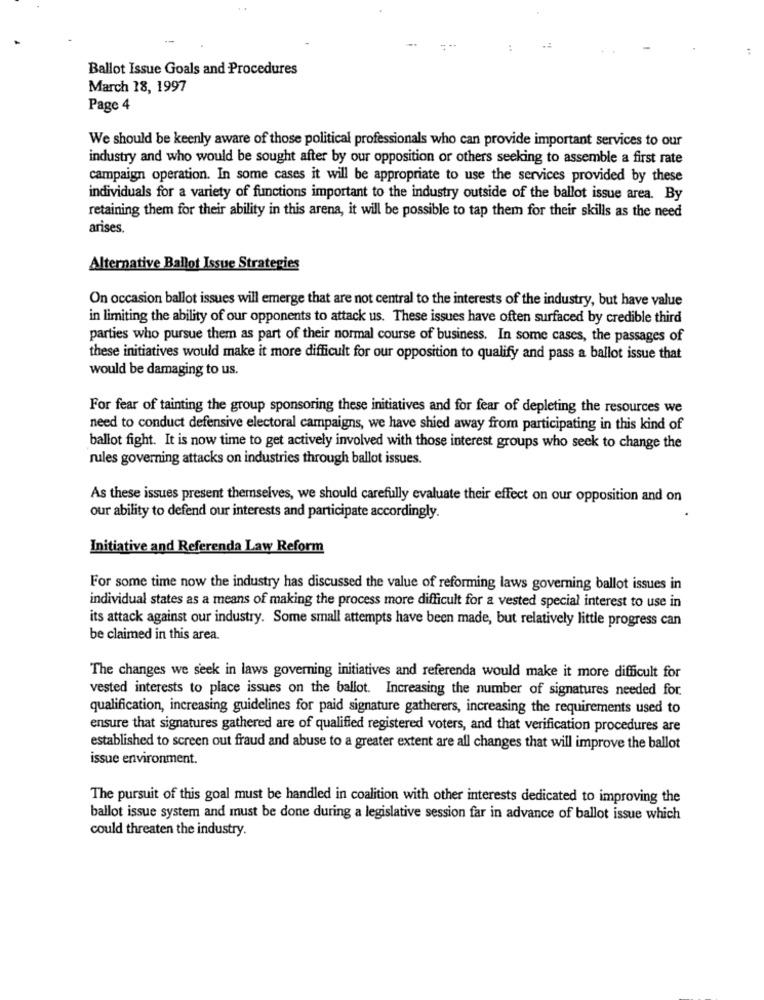
-
Ballot Issue Goals and Procedures
March 18, 1997
Page 4
We should be keenly aware of those political professionals who can provide important services to our
industry and who would be sought after by our opposition or others seeking to assemble a first rate
campaign operation. In some cases it will be appropriate to use the services provided by these
individuals for a variety of functions important to the industry outside of the ballot issue area. By
retaining them for their ability in this arena, it will be possible to tap them for their skills as the need
arises.
Alternative Ballot Issue Strategies
On occasion ballot issues will emerge that are not central to the interests of the industry, but have value
in limiting the ability of our opponents to attack us. These issues have often surfaced by credible third
parties who pursue them as part of their normal course of business. In some cases, the passages of
these initiatives would make it more difficult for our opposition to qualify and pass a ballot issue that
would be damaging to us.
For fear of tainting the group sponsoring these initiatives and for fear of depleting the resources we
need to conduct defensive electoral campaigns, we have shied away from participating in this kind of
ballot fight. It is now time to get actively involved with those interest groups who seek to change the
rules governing attacks on industries through ballot issues.
As these issues present themselves, we should carefully evaluate their effect on our opposition and on
our ability to defend our interests and participate accordingly.
Initiative and Referenda Law Reform
For some time now the industry has discussed the value of reforming laws governing ballot issues in
individual states as a means of making the process more difficult for a vested special interest to use in
its attack against our industry. Some small attempts have been made, but relatively little progress can
be claimed in this area.
The changes we seek in laws governing initiatives and referenda would make it more difficult for
vested interests to place issues on the ballot. Increasing the number of signatures needed for.
qualification, increasing guidelines for paid signature gatherers, increasing the requirements used to
ensure that signatures gathered are of qualified registered voters, and that verification procedures are
established to screen out fraud and abuse to a greater extent are all changes that will improve the ballot
issue environment.
The pursuit of this goal must be handled in coalition with other interests dedicated to improving the
ballot issue system and must be done during a legislative session far in advance of ballot issue which
could threaten the industry.